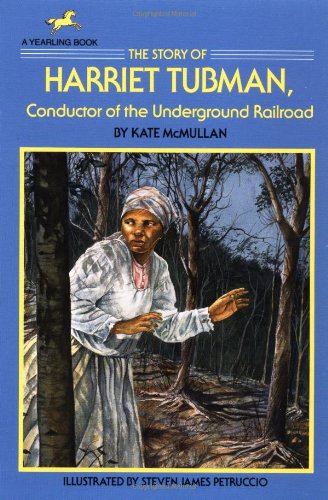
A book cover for The Story of Harriet Tubman: Conductor of the Underground Railroad (Dell Yearling Biography); Kate McMullan; Children's Books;